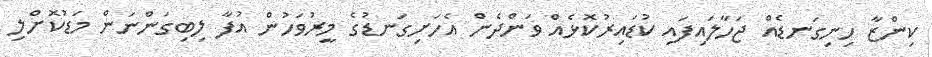
ކިންޒާ ހިނިގަނޑެއް ޖަހާލައިފައި ކުޑައިރުކޮޅެއް ވަންދެން އެހަށިގަނޑުގެ މީރުވަހުން އުފާ ލިބިގަންނަން މަޑުކޮށްލި